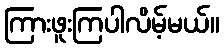
ကြားဖူးကြပါလိမ့်မယ်။